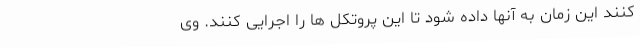
کنند این زمان به آنها داده شود تا این پروتکل ها را اجرایی کنند. وی